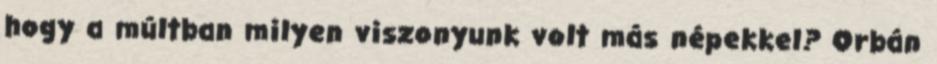
hogy a múltban milyen viszonyunk volt más népekkel? Orbán